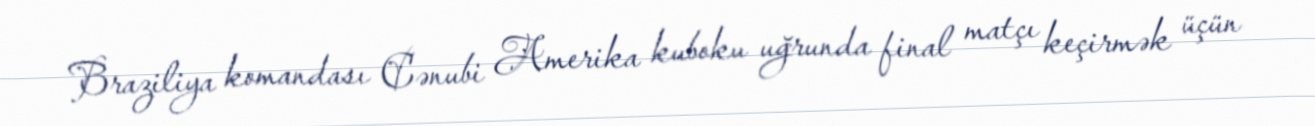
Braziliya komandası Cənubi Amerika kuboku uğrunda final matçı keçirmək üçün